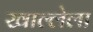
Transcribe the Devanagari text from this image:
खाल्लेला